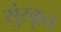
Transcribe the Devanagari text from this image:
सुंस्कृत